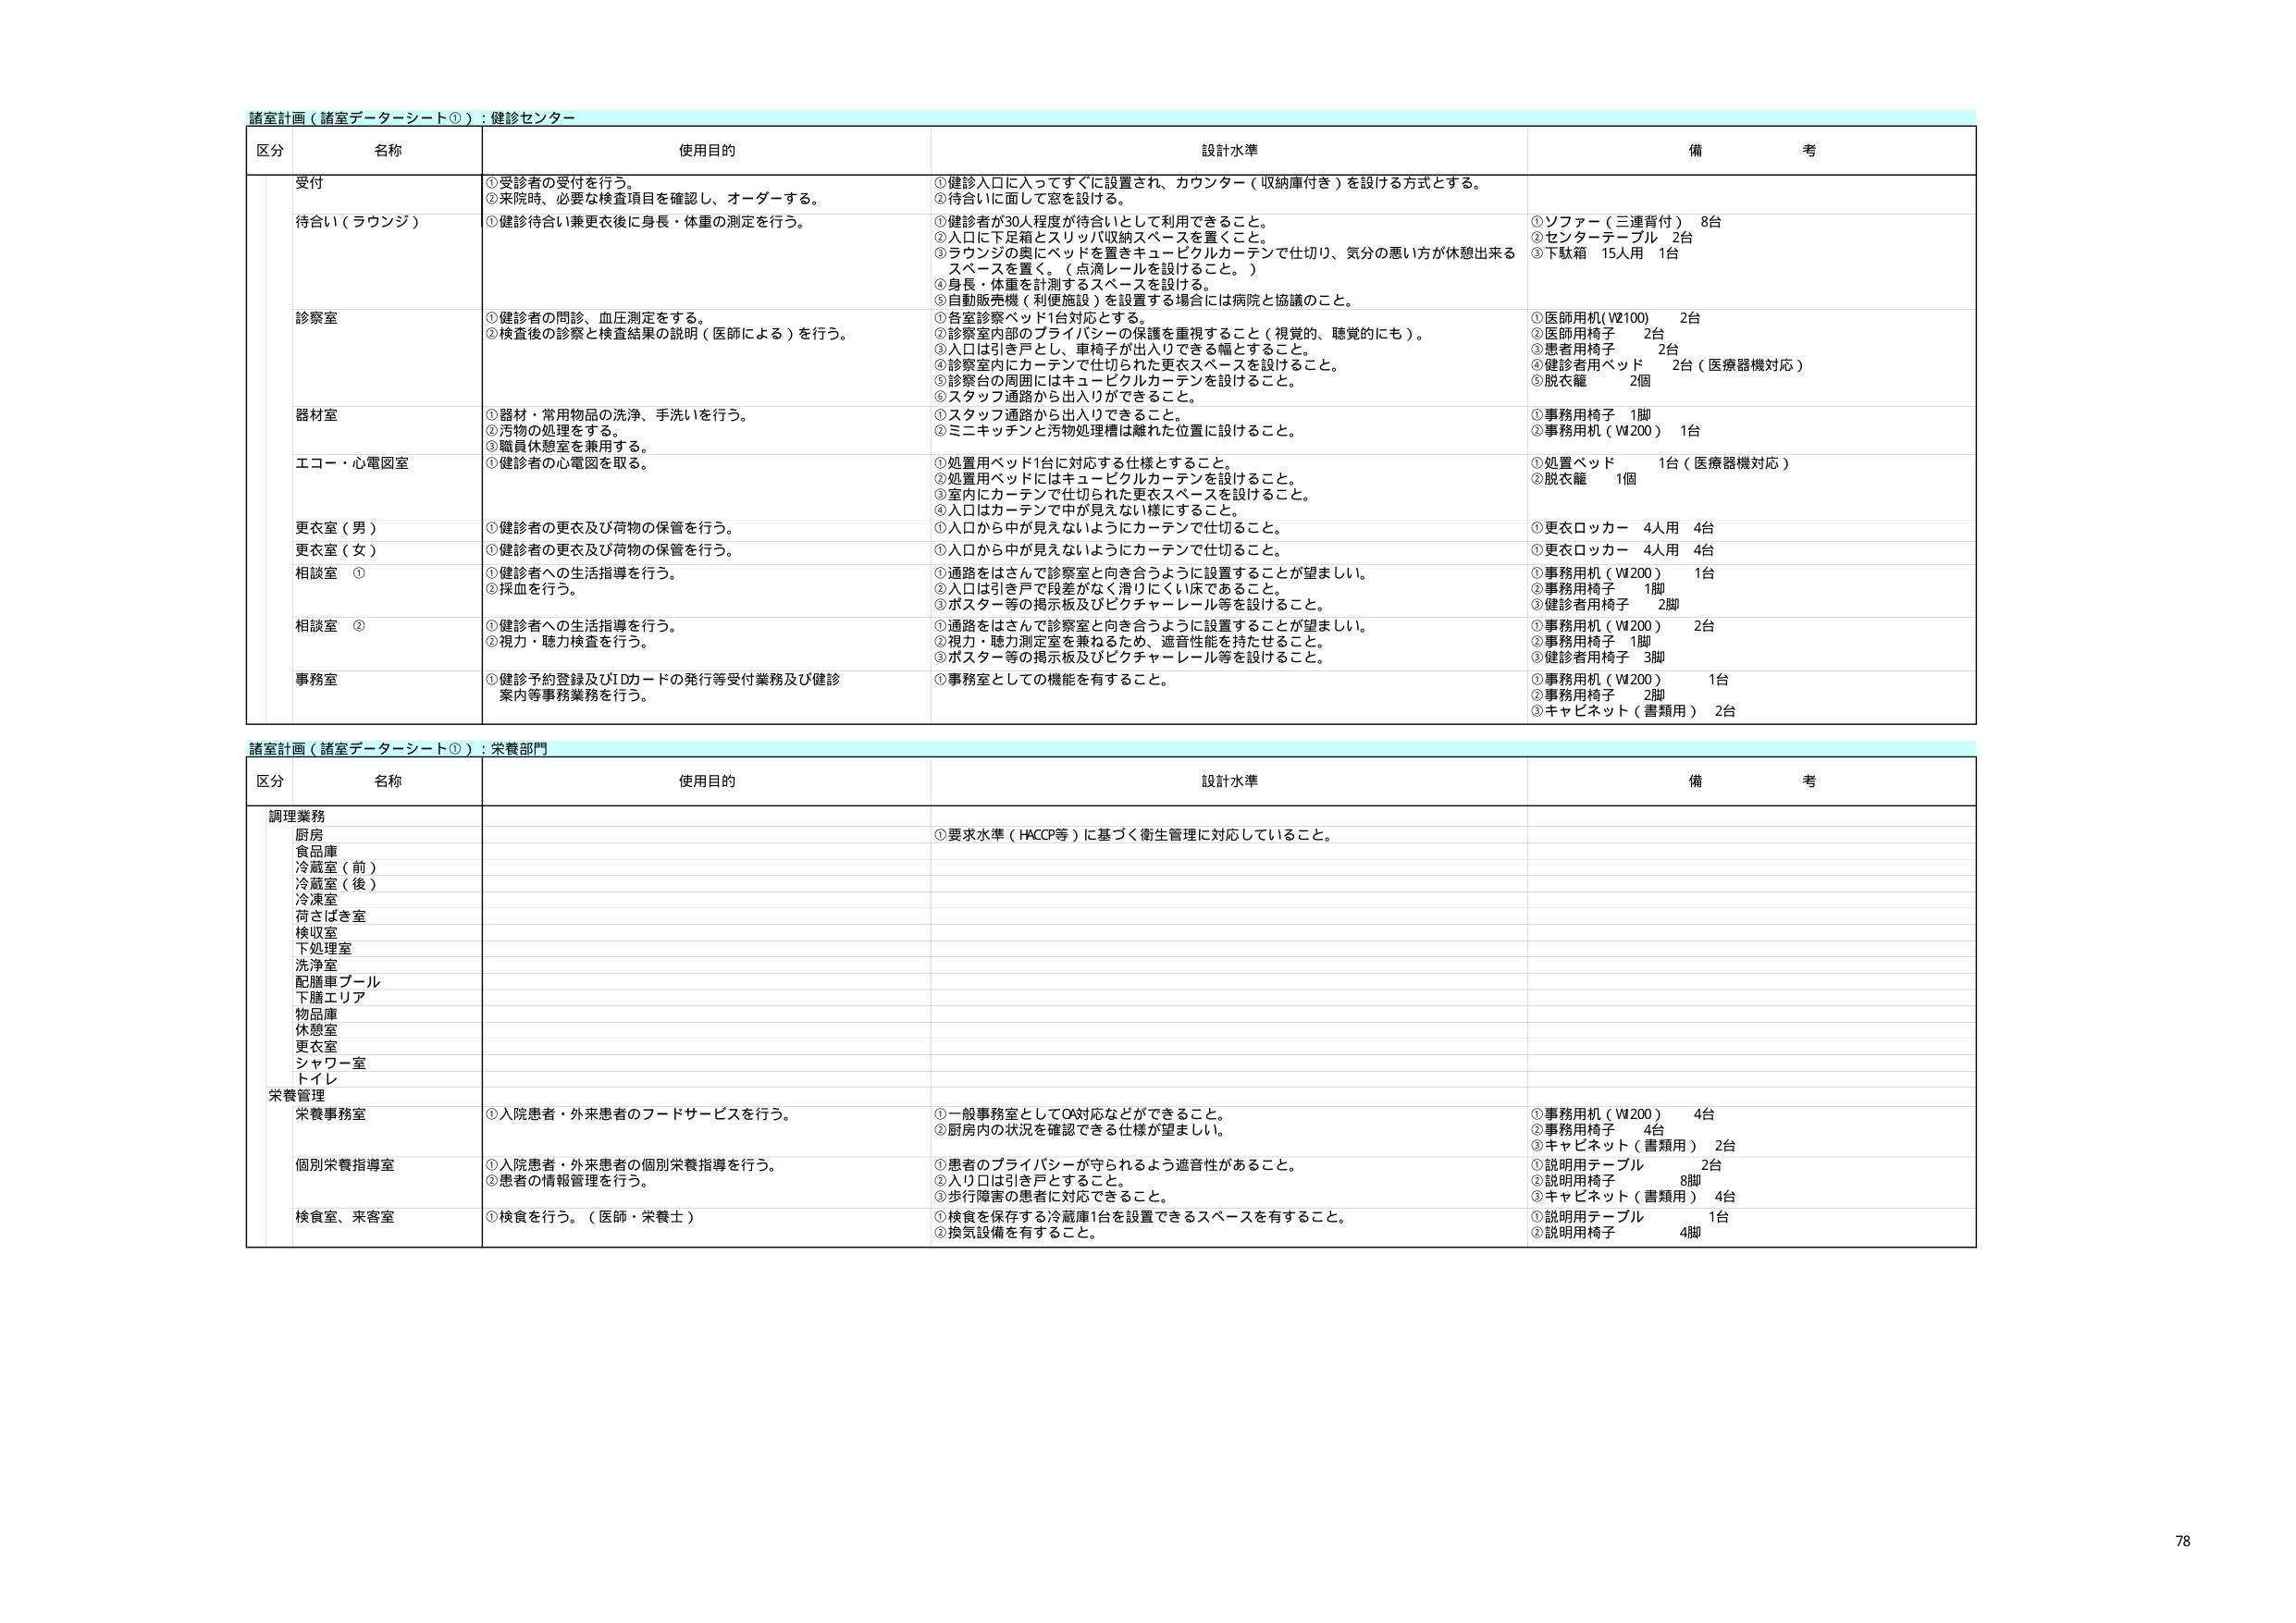
諸室計画（諸室データシート①）：健診センター

区分 名称 使用目的 設計水準 備考

受付 ①受診者の受付を行う。 ②来院時、必要な検査項目を確認し、オーダーする。 ①健診入口に入ってすぐに設置され、カウンター（収納庫付き）を設ける方式とする。 ②待合いに面して窓を設ける。

待合い（ラウンジ） ①健診待合い兼更衣後に身長・体重の測定を行う。 ①健診者が30人程度が待合いとして利用できること。 ②入口に下足箱とスリッパ収納スペースを置くこと。 ③ラウンジの奥にベッドを置きキュービクルカーテンで仕切り、気分の悪い方が休憩出来るスペースを置く。（点滴レールを設けること。） ④身長・体重を計測するスペースを設ける。 ⑤自動販売機（利便施設）を設置する場合には病院と協議のこと。 ①ソファー（三連背付） 8台 ②センターテーブル 2台 ③下駄箱 15人用 1台

診察室 ①健診者の問診、血圧測定をする。 ②検査後の診察と検査結果の説明（医師による）を行う。 ①各室診察ベッド1台対応とする。 ②診察室内部のプライバシーの保護を重視すること（視覚的、聴覚的にも）。 ③入口は引き戸とし、車椅子が出入りできる幅とすること。 ④診察室内にカーテンで仕切られた更衣スペースを設けること。 ⑤診察台の周囲にはキュービクルカーテンを設けること。 ⑥スタッフ通路から出入りができること。 ①医師用机（W2100） 2台 ②医師用椅子 2台 ③患者用椅子 2台 ④健診者用ベッド 2台（医療器機対応） ⑤脱衣籠 2個

器材室 ①器材・常用物品の洗浄、手洗いを行う。 ②汚物の処理をする。 ③職員休憩室を兼用する。 ①スタッフ通路から出入りできること。 ②ミニキッチンと汚物処理槽は離れた位置に設けること。 ①事務用椅子 1脚 ②事務用机（W2200） 1台

エコー・心電図室 ①健診者の心電図を取る。 ①処置用ベッド1台に対応する仕様とすること。 ②処置用ベッドにはキュービクルカーテンを設けること。 ③室内にカーテンで仕切られた更衣スペースを設けること。 ④入口はカーテンで中が見えない様に仕切ること。 ①処置ベッド 1台（医療器機対応） ②脱衣籠 1個

更衣室（男） ①健診者の更衣及び荷物の保管を行う。 ①入口から中が見えないようにカーテンで仕切ること。 ①更衣ロッカー 4人用 4台

更衣室（女） ①健診者の更衣及び荷物の保管を行う。 ①入口から中が見えないようにカーテンで仕切ること。 ①更衣ロッカー 4人用 4台

相談室 ① ①健診者への生活指導を行う。 ②採血を行う。 ①通路をはさんで診察室と向き合うように設置することが望ましい。 ②入口は引き戸で段差がなく滑りにくい床であること。 ③ポスター等の掲示板及びピクチャーレール等を設けること。 ①事務用机（W2200） 1台 ②事務用椅子 1脚 ③健診者用椅子 2脚

相談室 ② ①健診者への生活指導を行う。 ②視力・聴力検査を行う。 ①通路をはさんで診察室と向き合うように設置することが望ましい。 ②視力・聴力測定室を兼ねるため、遮音性能を持たせること。 ③ポスター等の掲示板及びピクチャーレール等を設けること。 ①事務用机（W2200） 2台 ②事務用椅子 1脚 ③健診者用椅子 3脚

事務室 ①健診予約登録及びIDカードの発行等受付業務及び健診案内等事務業務を行う。 ①事務室としての機能を有すること。 ①事務用机（W2200） 1台 ②事務用椅子 2脚 ③キャビネット（書類用） 2台

諸室計画（諸室データシート①）：栄養部門

区分 名称 使用目的 設計水準 備考

調理業務 要求水準（HACCP等）に基づく衛生管理に対応していること。

厨房
食品庫
冷蔵室（前）
冷蔵室（後）
冷凍室
荷さばき室
検収室
下処理室
洗浄室
配膳車プール
下膳エリア
物品庫
休憩室
更衣室
シャワー室
トイレ

栄養管理

栄養事務室 ①入院患者・外来患者のフードサービスを行う。 ①一般事務室としてOA対応などができること。 ②厨房内の状況を確認できる仕様が望ましい。 ①事務用机（W2200） 4台 ②事務用椅子 4台 ③キャビネット（書類用） 2台

個別栄養指導室 ①入院患者・外来患者の個別栄養指導を行う。 ②患者の情報管理を行う。 ①患者のプライバシーが守られるよう遮音性があること。 ②入り口は引き戸とすること。 ③歩行障害の患者に対応できること。 ①説明用テーブル 2台 ②説明用椅子 8脚 ③キャビネット（書類用） 4台

検食室、来客室 ①検食を行う。（医師・栄養士） ①検食を保存する冷蔵庫1台を設置できるスペースを有すること。 ②換気設備を有すること。 ①説明用テーブル 1台 ②説明用椅子 4脚

78